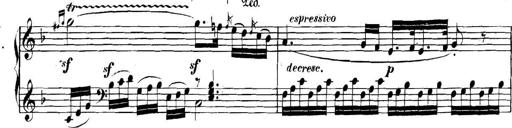
Title: Collected Piano Sonatas
Composer: Muzio Clementi